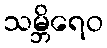
သမ္ဘိရေဝ